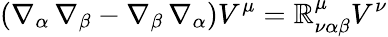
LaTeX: (\nabla_{\alpha}\, \nabla_{\beta}-\nabla_{\beta}\, \nabla_{\alpha})V^{\mu}=\mathbb{R}_{\nu\alpha\beta}^{\mu}V^{\nu}